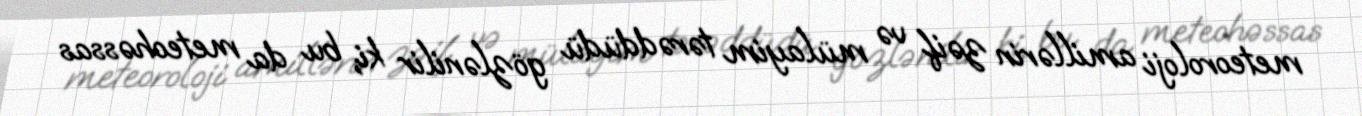
meteoroloji amillərin zəif və mülayim tərəddüdü gözlənilir ki, bu da meteohəssas